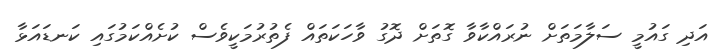
އަދި ގައުމީ ސަލާމަތަށް ނުރައްކާވާ ގޮތަށް ދޮގު ވާހަކަތައް ފެތުރުމަކީވެސް ކުށެއްކަމުގައި ކަނޑައަޅާ